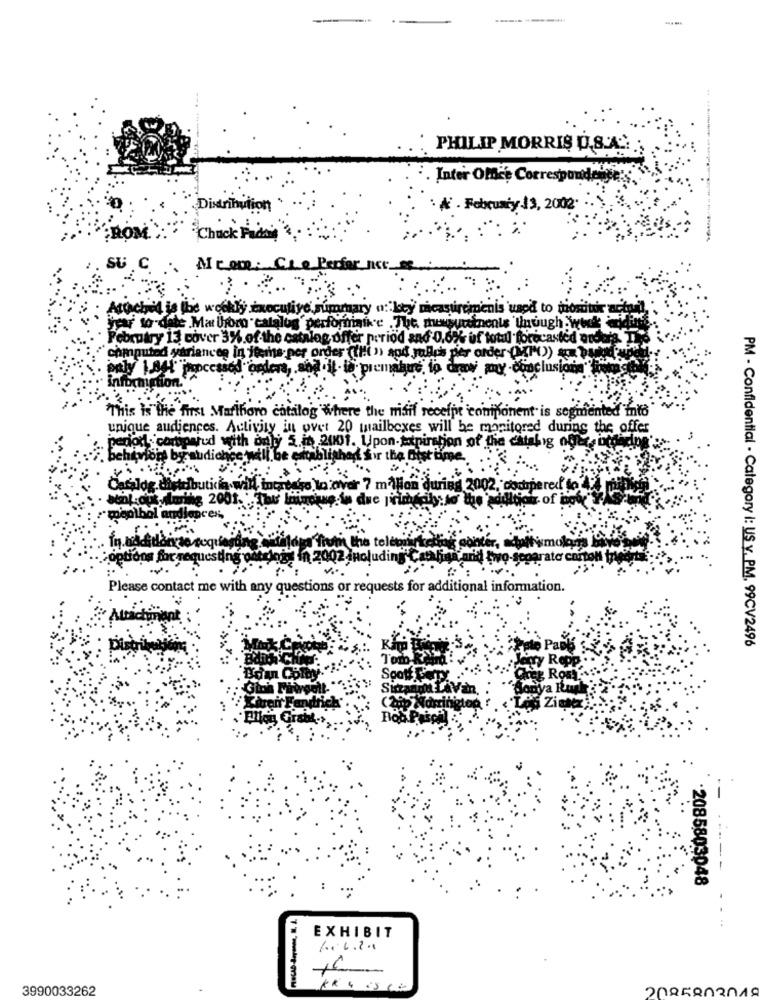
......
PHILIP MORRIS O.S.A.
Inter Offre Correspondence:
Distribution
. February 13, 2002.
ROM.
Chuck Packing
-------------
SU C . MCom.
o Perfar_JI
Attached
is the weekly executive summary o: key mi
iremenis used to monitor
year to date .Ma hora "catalog' performaik'e
uuinents though wekk
February 13 cover 3% of the catalog offer period and 0,62% of total forecasted nude
chmputed variancee in items per order ((H!( n) and julius per order (Mi)) am bar
paly LAHt Tropc
sod "ondera, . si
premature to draw my -conclusione"
"This is the first Marlboro catalog where the misif receipt component is segmented into
unique audiences. Activity in over 20 mailboxes will be monitored during the offer
period . compared with only 5.in 2001. Upon-ttpiration of the catsbig oft
audichce will be
bishad sir the Bist tine
dbutica will tocarteiro to over 7 million duri
a 2002, dorperedf fox
aring 2001. : Thu Li
moptbol and
the telemarketing conter, salt im
2 including Cash
Farid two-separator carton ine
Please contact me with any questions or requests for additional information.
PM - Confidential - Category i: US v. P.M, 99CV2496
.-
------
·2085803048
EXHIBIT
3990033262
KR 4 :5 C
zna5an2019